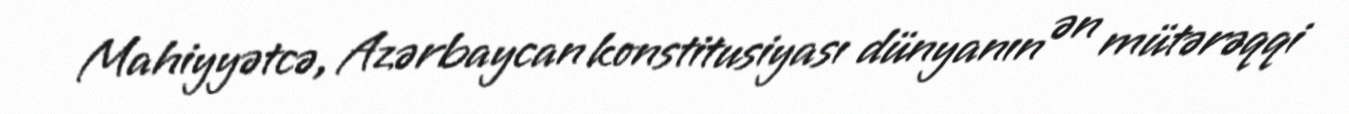
Mahiyyətcə, Azərbaycan konstitusiyası dünyanın ən mütərəqqi